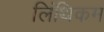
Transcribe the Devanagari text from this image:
लिंथिकम